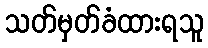
သတ်မှတ်ခံထားရသူ